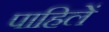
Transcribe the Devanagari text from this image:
पाहिलें